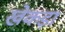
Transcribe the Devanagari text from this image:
खेकड़ा